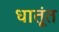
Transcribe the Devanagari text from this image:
धातूंत